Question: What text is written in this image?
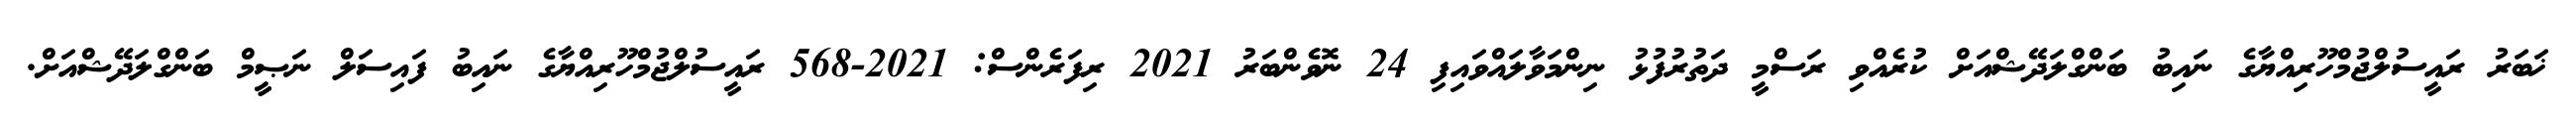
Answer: ޚަބަރު ރައީސުލްޖުމްހޫރިއްޔާގެ ނައިބު ބަންގްލަދޭޝްއަށް ކުރެއްވި ރަސްމީ ދަތުރުފުޅު ނިންމަވާލައްވައިފި 24 ނޮވެންބަރު 2021 ރިފަރެންސް: 2021-568 ރައީސުލްޖުމްހޫރިއްޔާގެ ނައިބު ފައިސަލް ނަޞީމް ބަންގްލަދޭޝްއަށް.